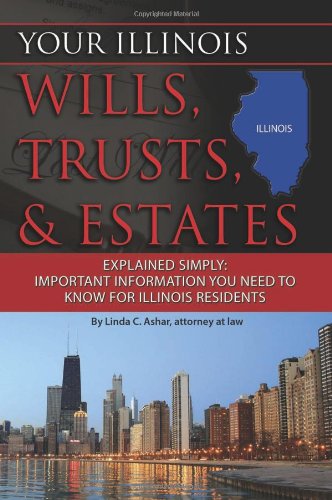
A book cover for Your Illinois Wills, Trusts, & Estates Explained Simply: Important Information You Need to Know for Illinois Residents (Back-To-Basics); Linda C Ashar; Law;